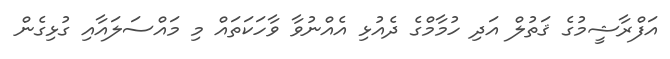
އަފްރާޝީމުގެ ޤަތުލް އަދި ހުމާމްގެ ދެއުޅި އެއްނުވާ ވާހަކަތައް މި މައްސަލައާއި ގުޅިގެން